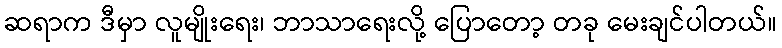
ဆရာက ဒီမှာ လူမျိုးရေး၊ ဘာသာရေးလို့ ပြောတော့ တခု မေးချင်ပါတယ်။